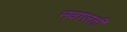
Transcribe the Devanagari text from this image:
नवाज़ती